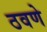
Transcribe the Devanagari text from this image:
ठवणे